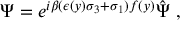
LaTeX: \Psi = e ^ { i \beta ( \epsilon ( y ) \sigma _ { 3 } + \sigma _ { 1 } ) f ( y ) } \hat { \Psi } \ ,